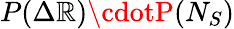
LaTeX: P(\Delta\mathbb{R})\cdotP(N_{S})